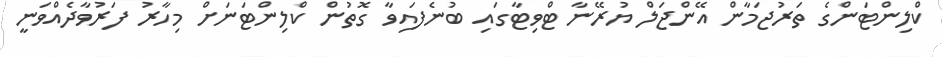
ކްލިންޓަންގެ ތަރުޖަމާން އޭންޖަލް ޔުރޭނާ ޓްވިޓާގައި ބުނެފައިވާ ގޮތުން ކްލިންޓަނަށް މިހާރު ފަރުވާދެއްވަނީ